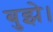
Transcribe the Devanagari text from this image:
बुझे।